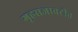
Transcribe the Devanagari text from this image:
गृहसजावटीत